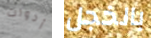
أدوات بالخجل